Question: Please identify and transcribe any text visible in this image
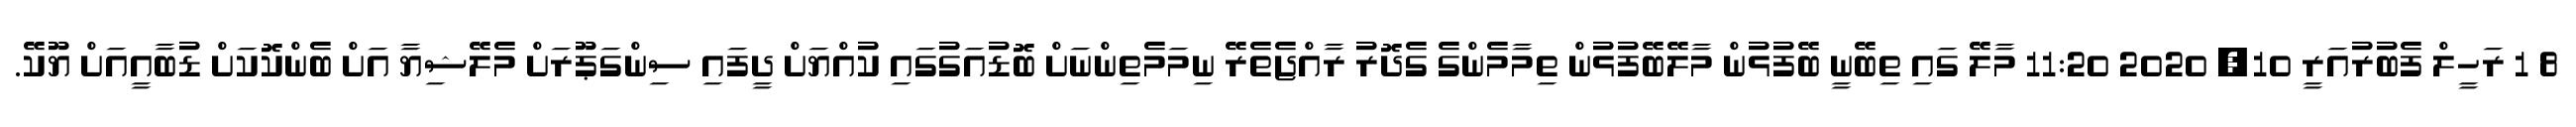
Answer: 8 1 ރަހީލް ފެބުރުއަރީ 10, 2020 11:20 މާލޭ ގައި ތިބޭނީ ބޭފުޅުން މާލޭބޭފުޅުން ތިމާމެންގެ ގެދޮރު ރާއްޖެތެރޭ ނިމަމެތިންނަށް ބޮޑުއަގުގައި ކުއްޔަށް ދީފައި ސިންގަޕޫރަށް މެލޭޝިޔާ އަށް ބެންކޮކަށް ޑުބާއީއަށް ޔޫކޭ.